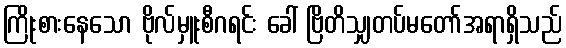
ကြိုးစားနေသော ဗိုလ်မှူးစီဂရင်း ခေါ် ဗြိတိသျှတပ်မတော်အရာရှိသည်